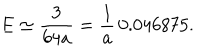
LaTeX: E \simeq \frac { 3 } { 6 4 a } = \frac { 1 } { a } \, 0 . 0 4 6 8 7 5 .